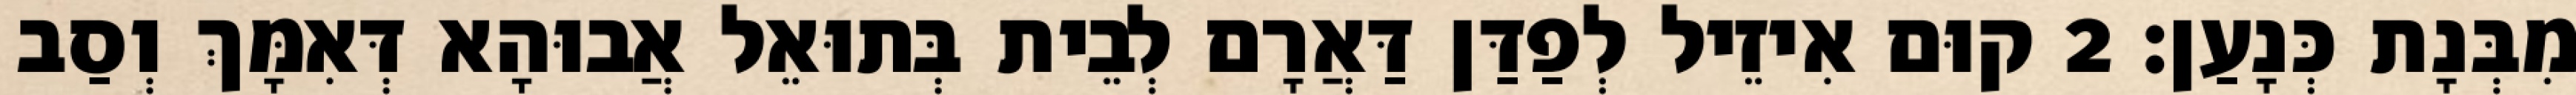
מִבְּנָת כְּנָעַן׃ 2 קוּם אִיזֵיל לְפַדַּן דַּאֲרָם לְבֵית בְּתוּאֵל אֲבוּהָא דְּאִמָּךְ וְסַב